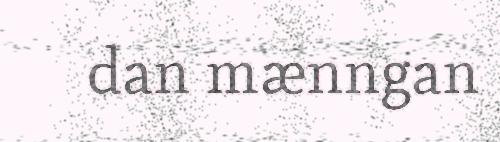
dan mænngan